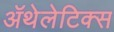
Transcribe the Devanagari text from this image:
ॲथेलेटिक्स